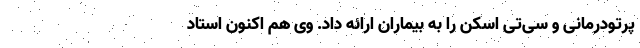
پرتودرمانی و سی‌تی اسکن را به بیماران ارائه داد. وی هم اکنون استاد